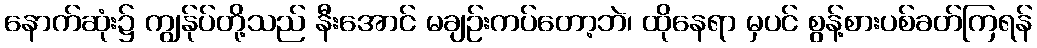
နောက်ဆုံး၌ ကျွန်ုပ်တို့သည် နီးအောင် မချဉ်းကပ်တော့ဘဲ၊ ထိုနေရာ မှပင် စွန့်စားပစ်ခတ်ကြရန်